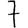
Digit: 7